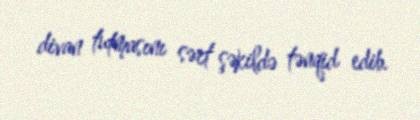
divan tutmasını sərt şəkildə tənqid edib.